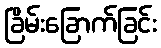
ခြိမ်းခြောက်ခြင်း